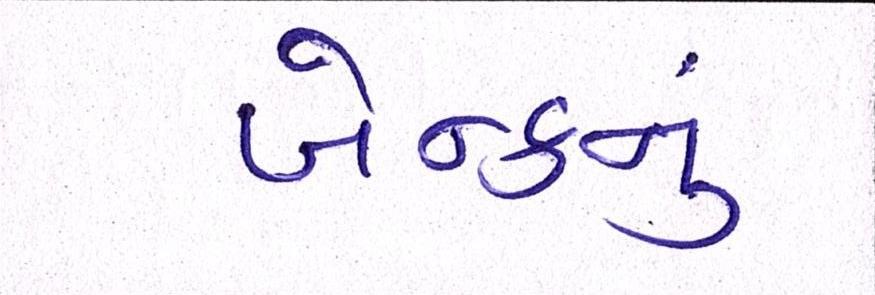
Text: બેન્કનું